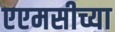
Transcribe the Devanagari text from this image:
एएमसीच्या